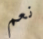
نعم